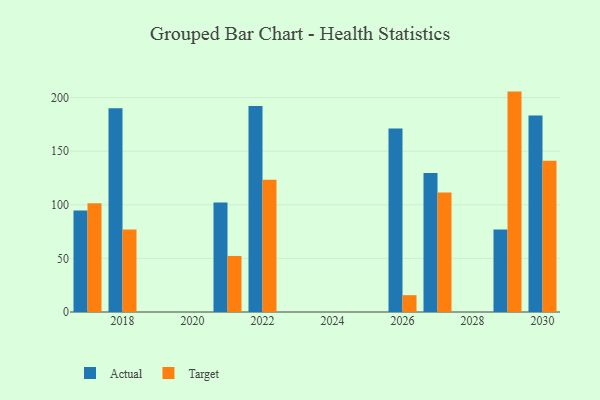
{"axis": {"x": "Year", "y": "Latency (ms)"}, "legend": ["Actual", "Target"], "data": [{"x": "2018", "y": 190.1, "type": "Actual"}, {"x": "2018", "y": 77.0, "type": "Target"}, {"x": "2030", "y": 183.2, "type": "Actual"}, {"x": "2030", "y": 141.1, "type": "Target"}, {"x": "2026", "y": 171.2, "type": "Actual"}, {"x": "2026", "y": 15.7, "type": "Target"}, {"x": "2029", "y": 76.9, "type": "Actual"}, {"x": "2029", "y": 205.6, "type": "Target"}, {"x": "2022", "y": 192.1, "type": "Actual"}, {"x": "2022", "y": 123.4, "type": "Target"}, {"x": "2021", "y": 102.2, "type": "Actual"}, {"x": "2021", "y": 52.3, "type": "Target"}, {"x": "2017", "y": 94.8, "type": "Actual"}, {"x": "2017", "y": 101.5, "type": "Target"}, {"x": "2027", "y": 129.6, "type": "Actual"}, {"x": "2027", "y": 111.4, "type": "Target"}]}